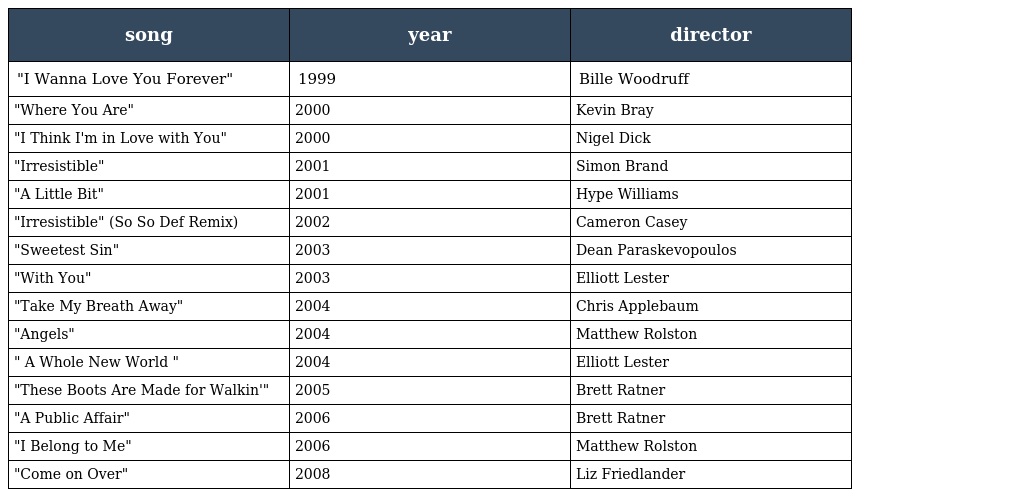
| song | year | director |
 | --- | --- | --- |
 | "I Wanna Love You Forever" | 1999 | Bille Woodruff |
 | "Where You Are" | 2000 | Kevin Bray |
 | "I Think I'm in Love with You" | 2000 | Nigel Dick |
 | "Irresistible" | 2001 | Simon Brand |
 | "A Little Bit" | 2001 | Hype Williams |
 | "Irresistible" (So So Def Remix) | 2002 | Cameron Casey |
 | "Sweetest Sin" | 2003 | Dean Paraskevopoulos |
 | "With You" | 2003 | Elliott Lester |
 | "Take My Breath Away" | 2004 | Chris Applebaum |
 | "Angels" | 2004 | Matthew Rolston |
 | " A Whole New World " | 2004 | Elliott Lester |
 | "These Boots Are Made for Walkin'" | 2005 | Brett Ratner |
 | "A Public Affair" | 2006 | Brett Ratner |
 | "I Belong to Me" | 2006 | Matthew Rolston |
 | "Come on Over" | 2008 | Liz Friedlander |